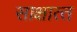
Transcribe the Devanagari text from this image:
साक्षात्‍त